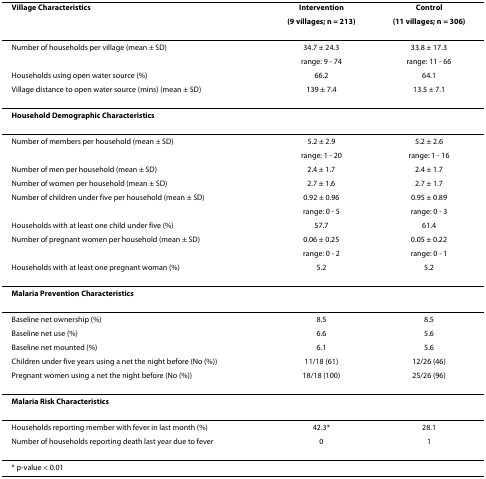
<table><thead><tr><td><b>Village Characteristics</b></td><td><b>Intervention</b></td><td><b>Control</b></td></tr><tr><td></td><td><b>(9 villages; n = 213)</b></td><td><b>(11 villages; n = 306)</b></td></tr></thead><tbody><tr><td>Number of households per village (mean ± SD)</td><td>34.7 ± 24.3</td><td>33.8 ± 17.3</td></tr><tr><td></td><td>range: 9 - 74</td><td>range: 11 - 66</td></tr><tr><td>Households using open water source (%)</td><td>66.2</td><td>64.1</td></tr><tr><td>Village distance to open water source (mins) (mean ± SD)</td><td>139 ± 7.4</td><td>13.5 ± 7.1</td></tr><tr><td><b>Household Demographic Characteristics</b></td><td></td><td></td></tr><tr><td>Number of members per household (mean ± SD)</td><td>5.2 ± 2.9</td><td>5.2 ± 2.6</td></tr><tr><td></td><td>range: 1 - 20</td><td>range: 1 - 16</td></tr><tr><td>Number of men per household (mean ± SD)</td><td>2.4 ± 1.7</td><td>2.4 ± 1.7</td></tr><tr><td>Number of women per household (mean ± SD)</td><td>2.7 ± 1.6</td><td>2.7 ± 1.7</td></tr><tr><td>Number of children under five per household (mean ± SD)</td><td>0.92 ± 0.96</td><td>0.95 ± 0.89</td></tr><tr><td></td><td>range: 0 - 5</td><td>range: 0 - 3</td></tr><tr><td>Households with at least one child under five (%)</td><td>57.7</td><td>61.4</td></tr><tr><td>Number of pregnant women per household (mean ± SD)</td><td>0.06 ± 0.25</td><td>0.05 ± 0.22</td></tr><tr><td></td><td>range: 0 - 2</td><td>range: 0 - 1</td></tr><tr><td>Households with at least one pregnant woman (%)</td><td>5.2</td><td>5.2</td></tr><tr><td><b>Malaria Prevention Characteristics</b></td><td></td><td></td></tr><tr><td>Baseline net ownership (%)</td><td>8.5</td><td>8.5</td></tr><tr><td>Baseline net use (%)</td><td>6.6</td><td>5.6</td></tr><tr><td>Baseline net mounted (%)</td><td>6.1</td><td>5.6</td></tr><tr><td>Children under five years using a net the night before (No (%))</td><td>11/18 (61)</td><td>12/26 (46)</td></tr><tr><td>Pregnant women using a net the night before (No (%))</td><td>18/18 (100)</td><td>25/26 (96)</td></tr><tr><td><b>Malaria Risk Characteristics</b></td><td></td><td></td></tr><tr><td>Households reporting member with fever in last month (%)</td><td>42.3*</td><td>28.1</td></tr><tr><td>Number of households reporting death last year due to fever</td><td>0</td><td>1</td></tr><tr><td colspan="3">* p-value &lt; 0.01</td></tr></tbody></table>